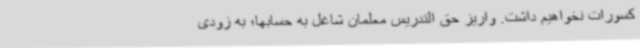
کسورات نخواهیم داشت. واریز حق التدریس معلمان شاغل به حسابها؛ به زودی